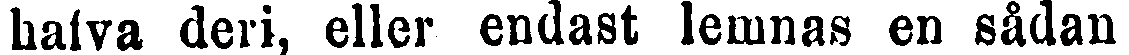
halva deri, eller endast lemnas en sådan